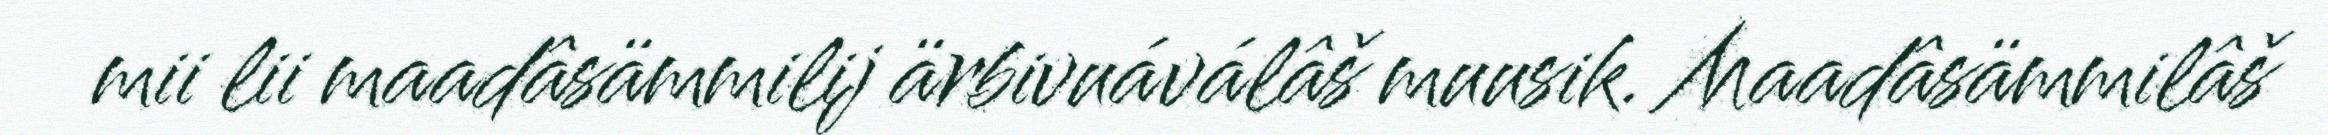
mii lii maadâsämmilij ärbivuáválâš muusik. Maadâsämmilâš